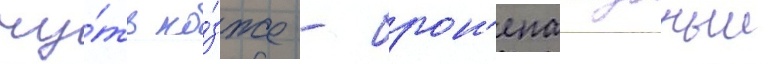
чу́ть по́зже - брон'епалубныи